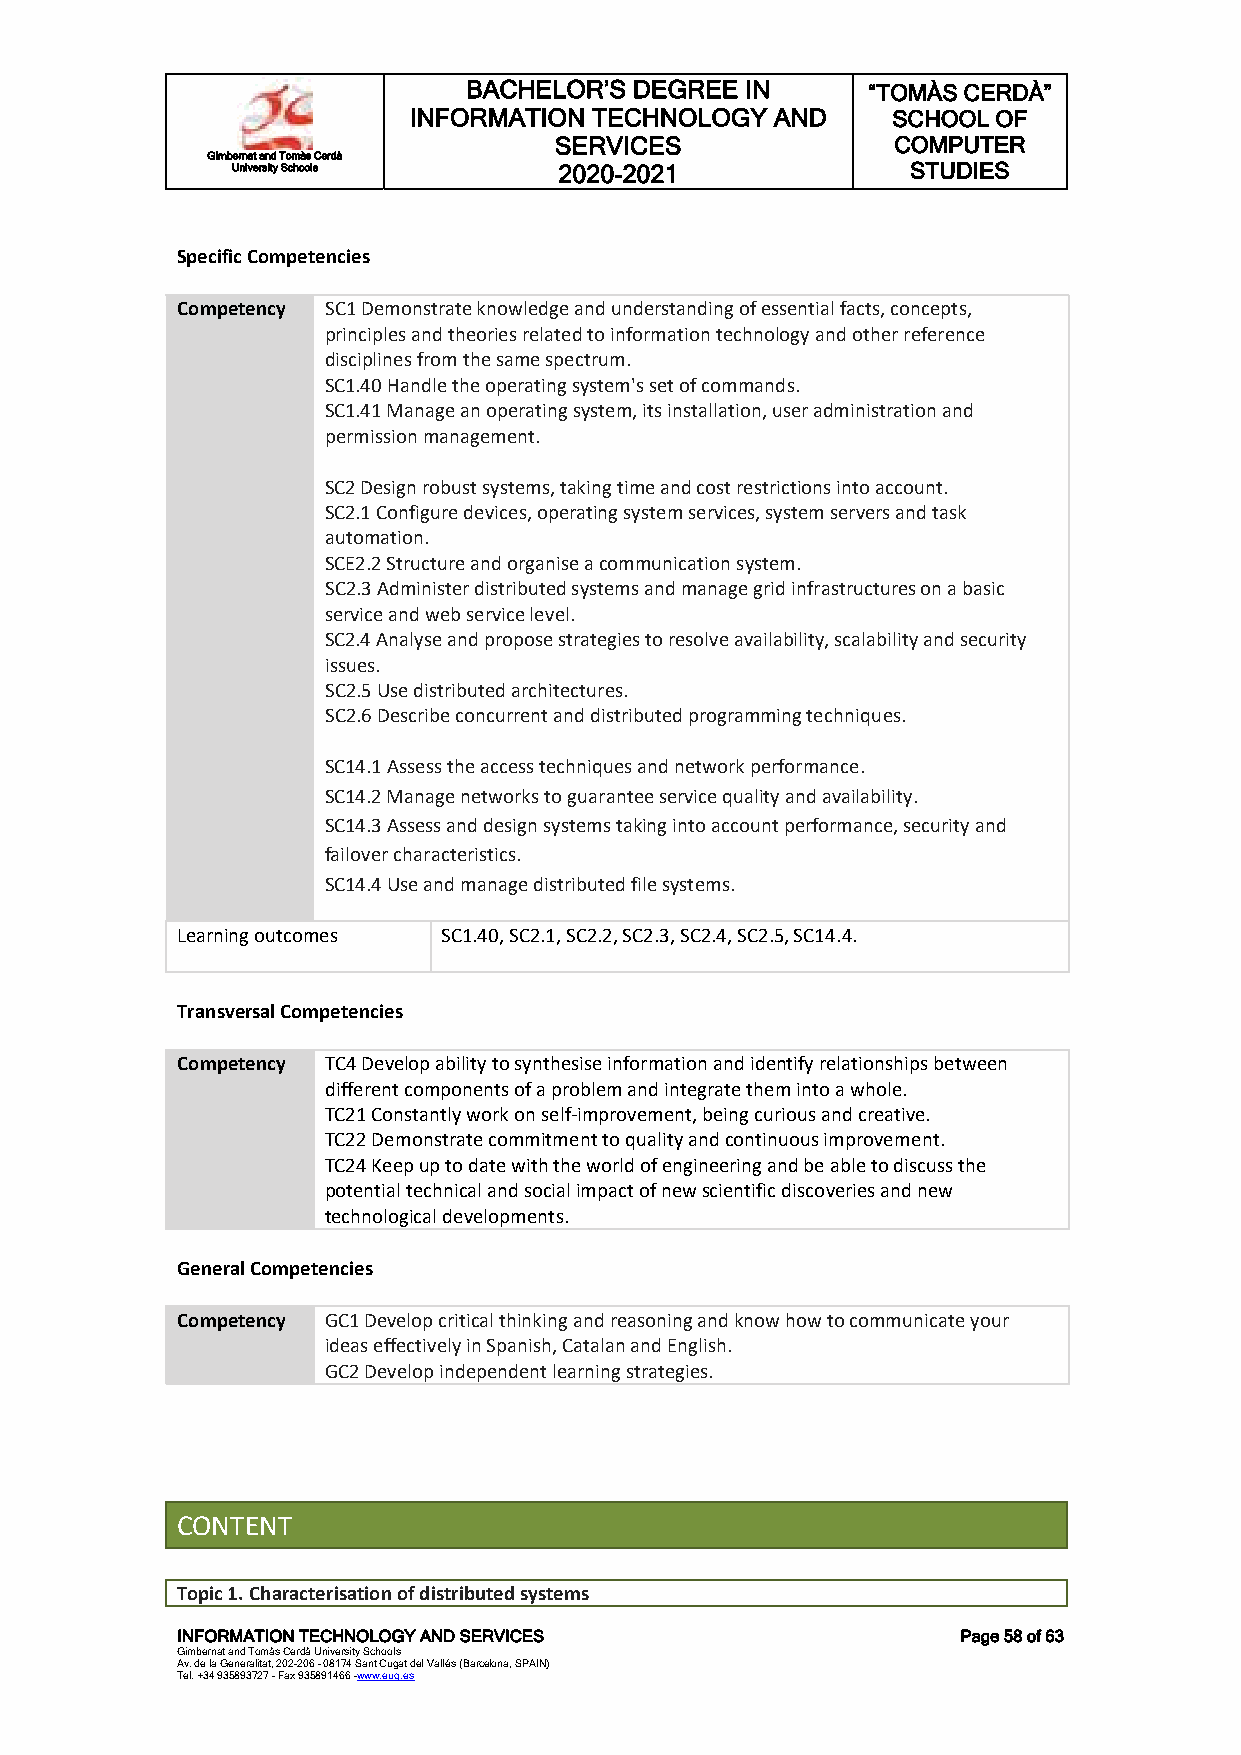
BACHELOR’S DEGREE IN      “TOMÀS CERDÀ”
 INFORMATION TECHNOLOGY  AND     SCHOOL OF
 SERVICES              COMPUTER
 Gimbernat and Tomàs Cerdà
 University Schools    2020-2021              STUDIES
 Specific Competencies
 Competency SC1 Demonstrate knowledge and understanding of essential facts, concepts,
 principles and theories related to information technology and other reference
 disciplines from the same spectrum.
 SC1.40 Handle the operating system's set of commands.
 SC1.41 Manage an operating system, its installation, user administration and
 permission management.
 SC2 Design robust systems, taking time and cost restrictions into account.
 SC2.1 Configure devices, operating system services, system servers and task
 automation.
 SCE2.2 Structure and organise a communication system.
 SC2.3 Administer distributed systems and manage grid infrastructures on a basic
 service and web service level.
 SC2.4 Analyse and propose strategies to resolve availability, scalability and security
 issues.
 SC2.5 Use distributed architectures.
 SC2.6 Describe concurrent and distributed programming techniques.
 SC14.1 Assess the access techniques and network performance.
 SC14.2 Manage networks to guarantee service quality and availability.
 SC14.3 Assess and design systems taking into account performance, security and
 failover characteristics.
 SC14.4 Use and manage distributed file systems.
 Learning outcomes SC1.40, SC2.1, SC2.2, SC2.3, SC2.4, SC2.5, SC14.4.
 Transversal Competencies
 Competency TC4 Develop ability to synthesise information and identify relationships between
 different components of a problem and integrate them into a whole.
 TC21 Constantly work on self-improvement, being curious and creative.
 TC22 Demonstrate commitment to quality and continuous improvement.
 TC24 Keep up to date with the world of engineering and be able to discuss the
 potential technical and social impact of new scientific discoveries and new
 technological developments.
 General Competencies
 Competency GC1 Develop critical thinking and reasoning and know how to communicate your
 ideas effectively in Spanish, Catalan and English.
 GC2 Develop independent learning strategies.
 CONTENT
 Topic 1. Characterisation of distributed systems
 INFORMATION TECHNOLOGY AND SERVICES                 Page 58 of 63
 Gimbernat and Tomàs Cerdà University Schools
 Av. de la Generalitat, 202-206 - 08174 Sant Cugat del Vallés (Barcelona, SPAIN)
 Tel. +34 935893727 - Fax 935891466 -www.eug.es